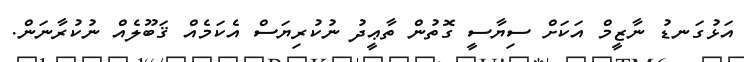
އަޅުގަނޑު ނާޒީމް އަކަށް ސިޔާސީ ގޮތުން ތާޢީދު ނުކުރިޔަސް އެކަމެއް ޤަބޫލެއް ނުކުރާނަން.